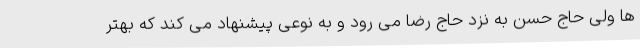
ها ولی حاج حسن به نزد حاج رضا می رود و به نوعی پیشنهاد می کند که بهتر